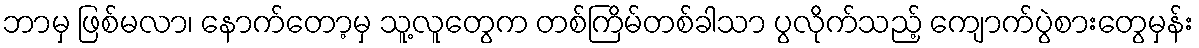
ဘာမှ ဖြစ်မလာ၊ နောက်တော့မှ သူ့လူတွေက တစ်ကြိမ်တစ်ခါသာ ပွလိုက်သည့် ကျောက်ပွဲစားတွေမှန်း